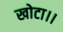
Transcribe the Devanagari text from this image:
खोटा।।